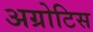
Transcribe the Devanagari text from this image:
अग्रोटिस